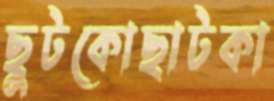
ছুটকোছাটকা